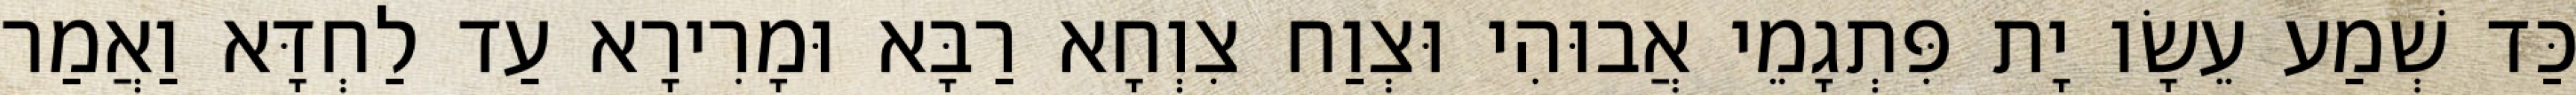
כַּד שְׁמַע עֵשָׂו יָת פִּתְגָמֵי אֲבוּהִי וּצְוַח צִוְחָא רַבָּא וּמָרִירָא עַד לַחְדָּא וַאֲמַר